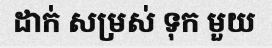
ដាក់ សម្រស់ ទុក មួយ